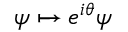
\psi \mapsto e ^ { i \theta } \psi